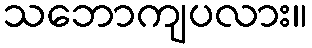
သဘောကျပလား။